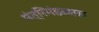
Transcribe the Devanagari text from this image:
मंत्रिमंडळास